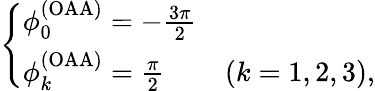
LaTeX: \left\{ \begin{array}{ll}{\phi_{0}^{(\mathrm{OAA})}=-\frac{3\pi}{2}}\\ {\phi_{k}^{(\mathrm{OAA})}=\frac{\pi}{2}}&{(k=1,2,3),}\end{array}\right.